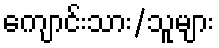
ကျောင်းသား/သူများ